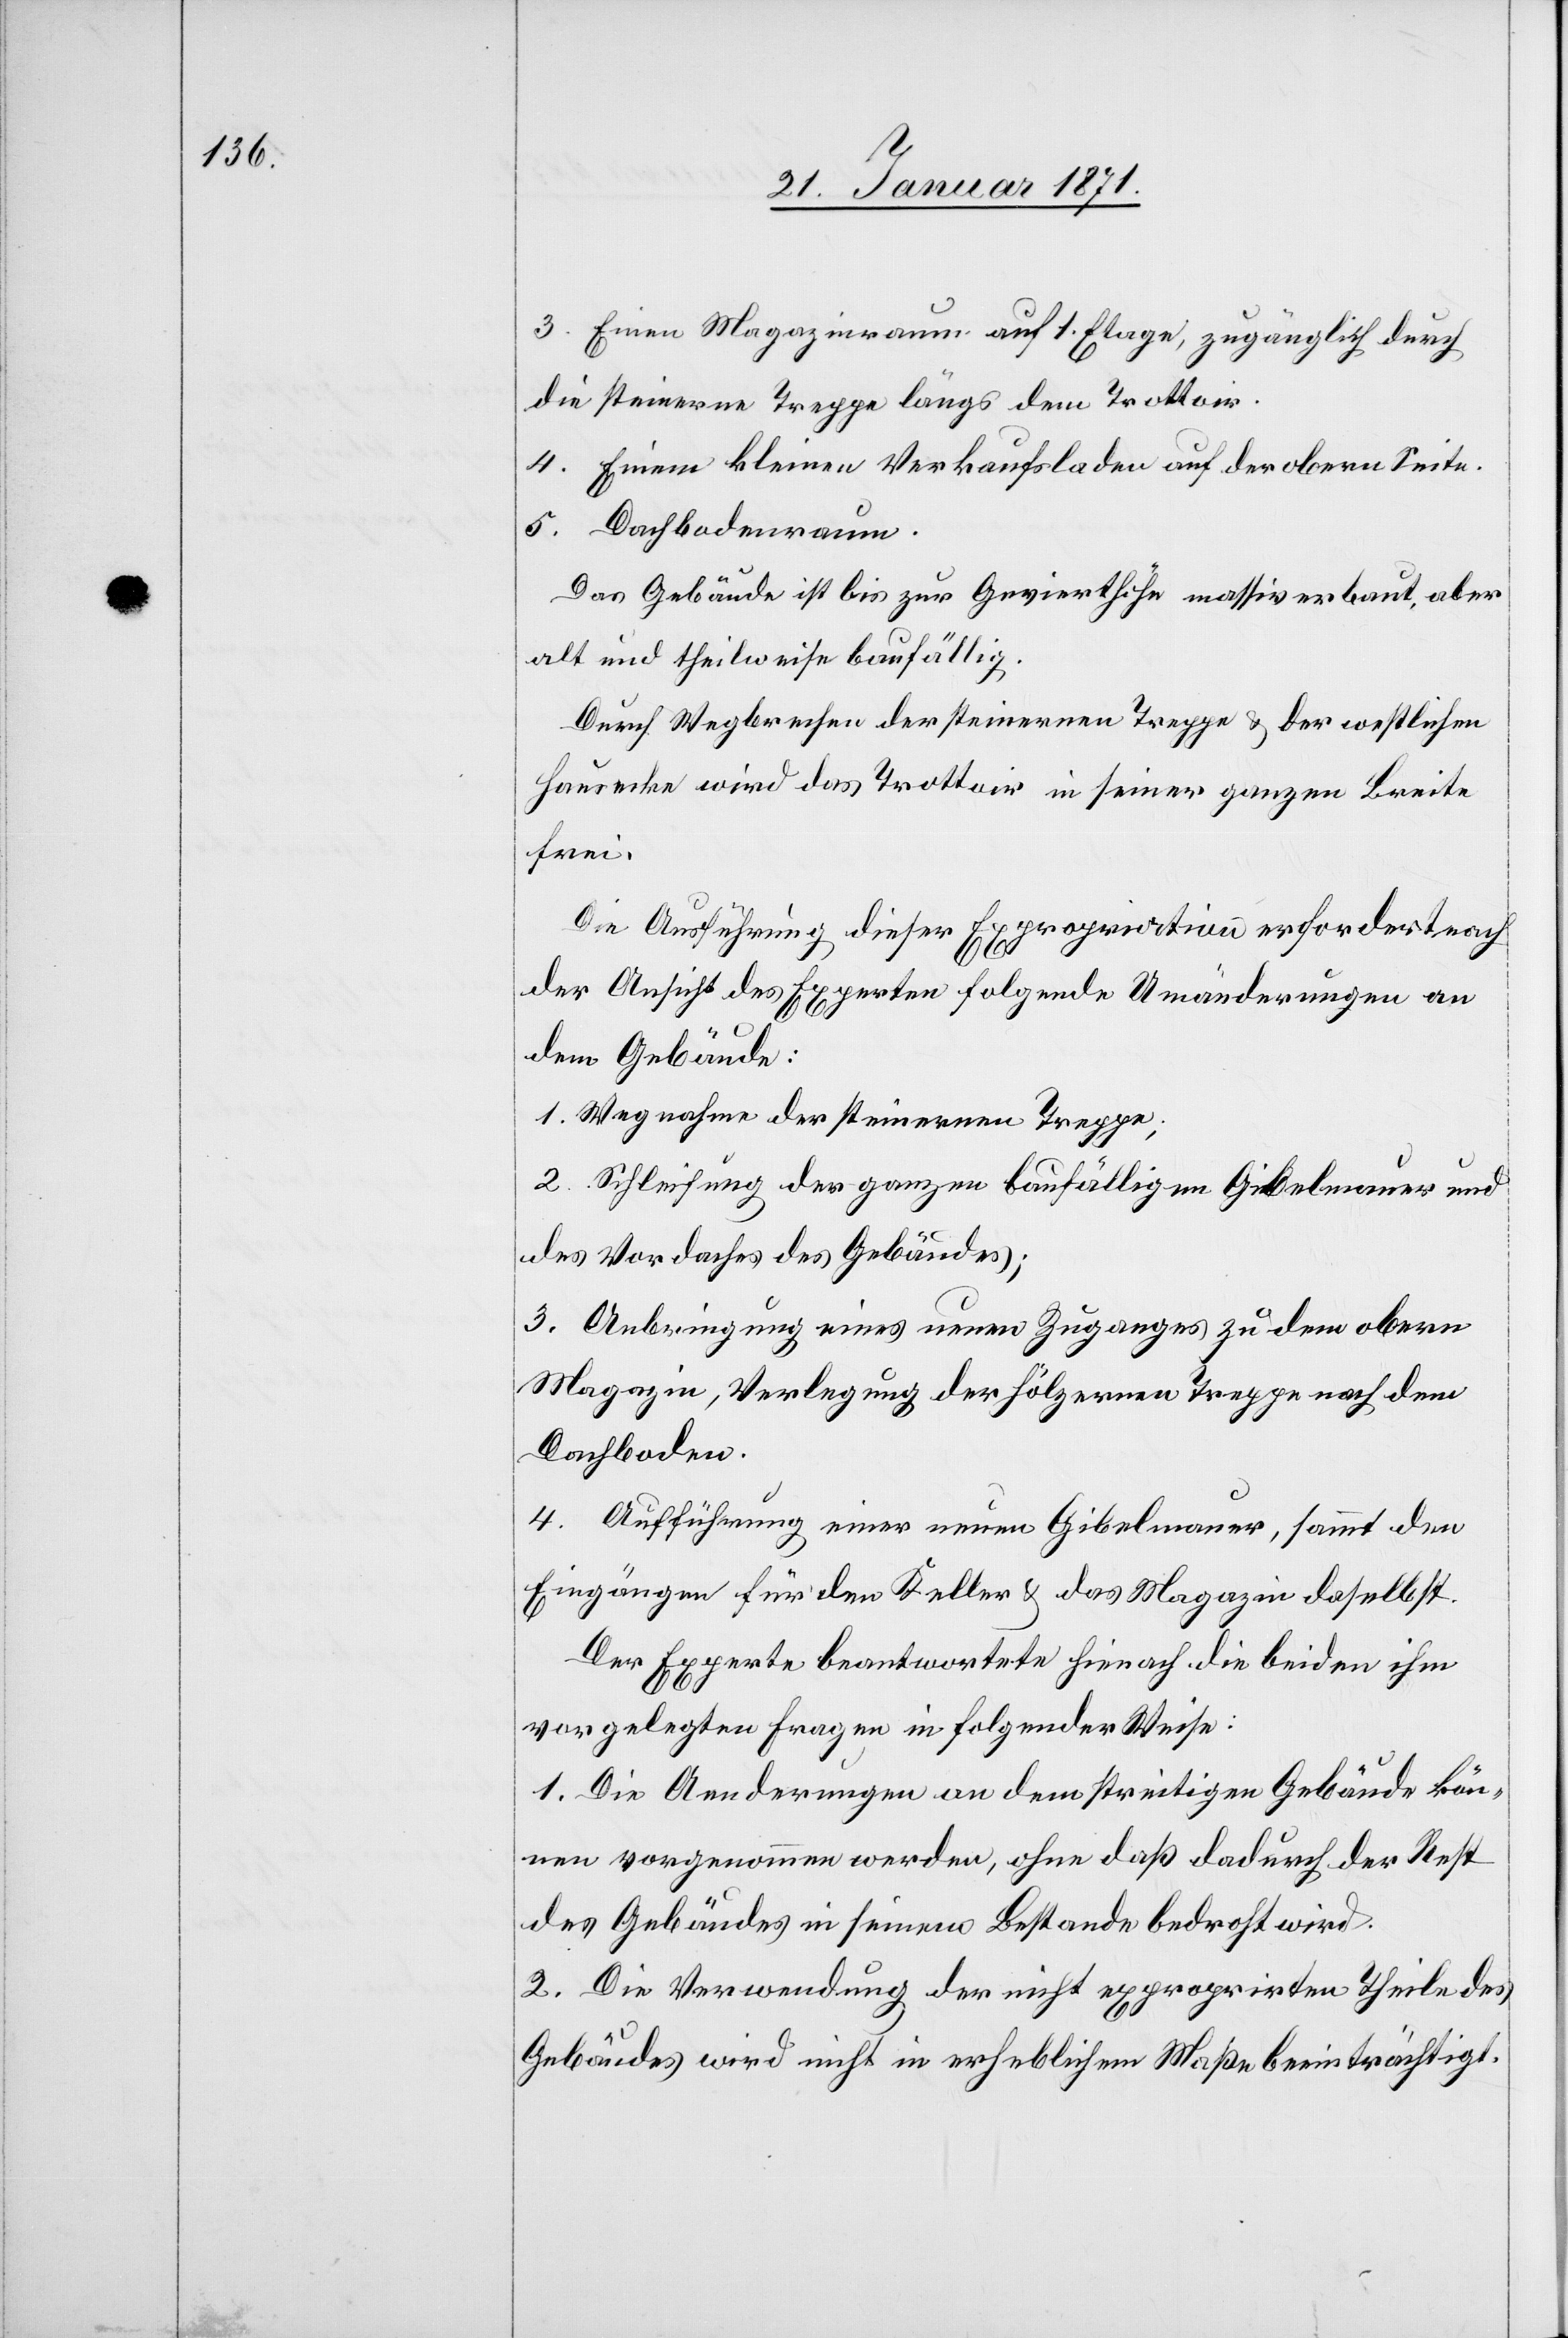
3. Einen Magazinraum auf 1. Etage, zugänglich durch
die steinerne Treppe längs dem Trottoir.
4. Einem kleinen Verkaufsladen auf der obern Seite.
5. Dachbodenraum.
Das Gebäude ist bis zur Gevierthöhe massiv erbaut, aber
alt und theilweise baufällig.
Durch Wegbrechen der steinernen Treppe u. der westlichen
Hausecke wird das Trottoir in seiner ganzen Breite
frei.
Die Ausführung dieser Expropriation erfordert nach
der Ansicht des Experten folgende Umänderungen an
dem Gebäude:
1. Wegnahme der steinernen Treppe;
2. Schleifung der ganzen baufälligen Gibelmauer und
des Vordaches des Gebäudes;
3. Anbringung eines neuen Zuganges zu dem obern
Magazin, Verlegung der hölzernen Treppe nach dem
Dachboden.
4. Aufführung einer neuen Gibelmauer, sammt den
Eingängen für den Keller u. das Magazin daselbst.
Der Experte beantwortete hienach die beiden ihm
vorgelegten Fragen in folgender Weise:
1. Die Aenderungen an dem streitigen Gebäude kön¬
nen vorgenommen werden, ohne daß dadurch der Rest
des Gebäudes in seinem Bestande bedroht wird.
2. Die Verwendung der nicht expropri[i]rten Theile des
Gebäudes wird nicht in erheblichem Maße beeinträchtigt.